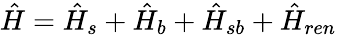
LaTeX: \hat{H}=\hat{H}_{s}+\hat{H}_{b}+\hat{H}_{sb}+\hat{H}_{ren}